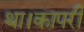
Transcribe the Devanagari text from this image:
था।कापरी